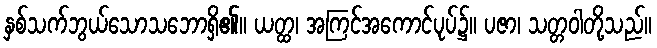
နှစ်သက်ဘွယ်သောသဘောရှိ၏။ ယတ္ထ၊ အကြင်အကောင်ပုပ်၌။ ပဇာ၊ သတ္တဝါတို့သည်။